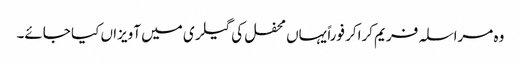
وہ مراسلہ فریم کراکر فوراً یہاں محفل کی گیلری میں آویزاں کیا جائے۔